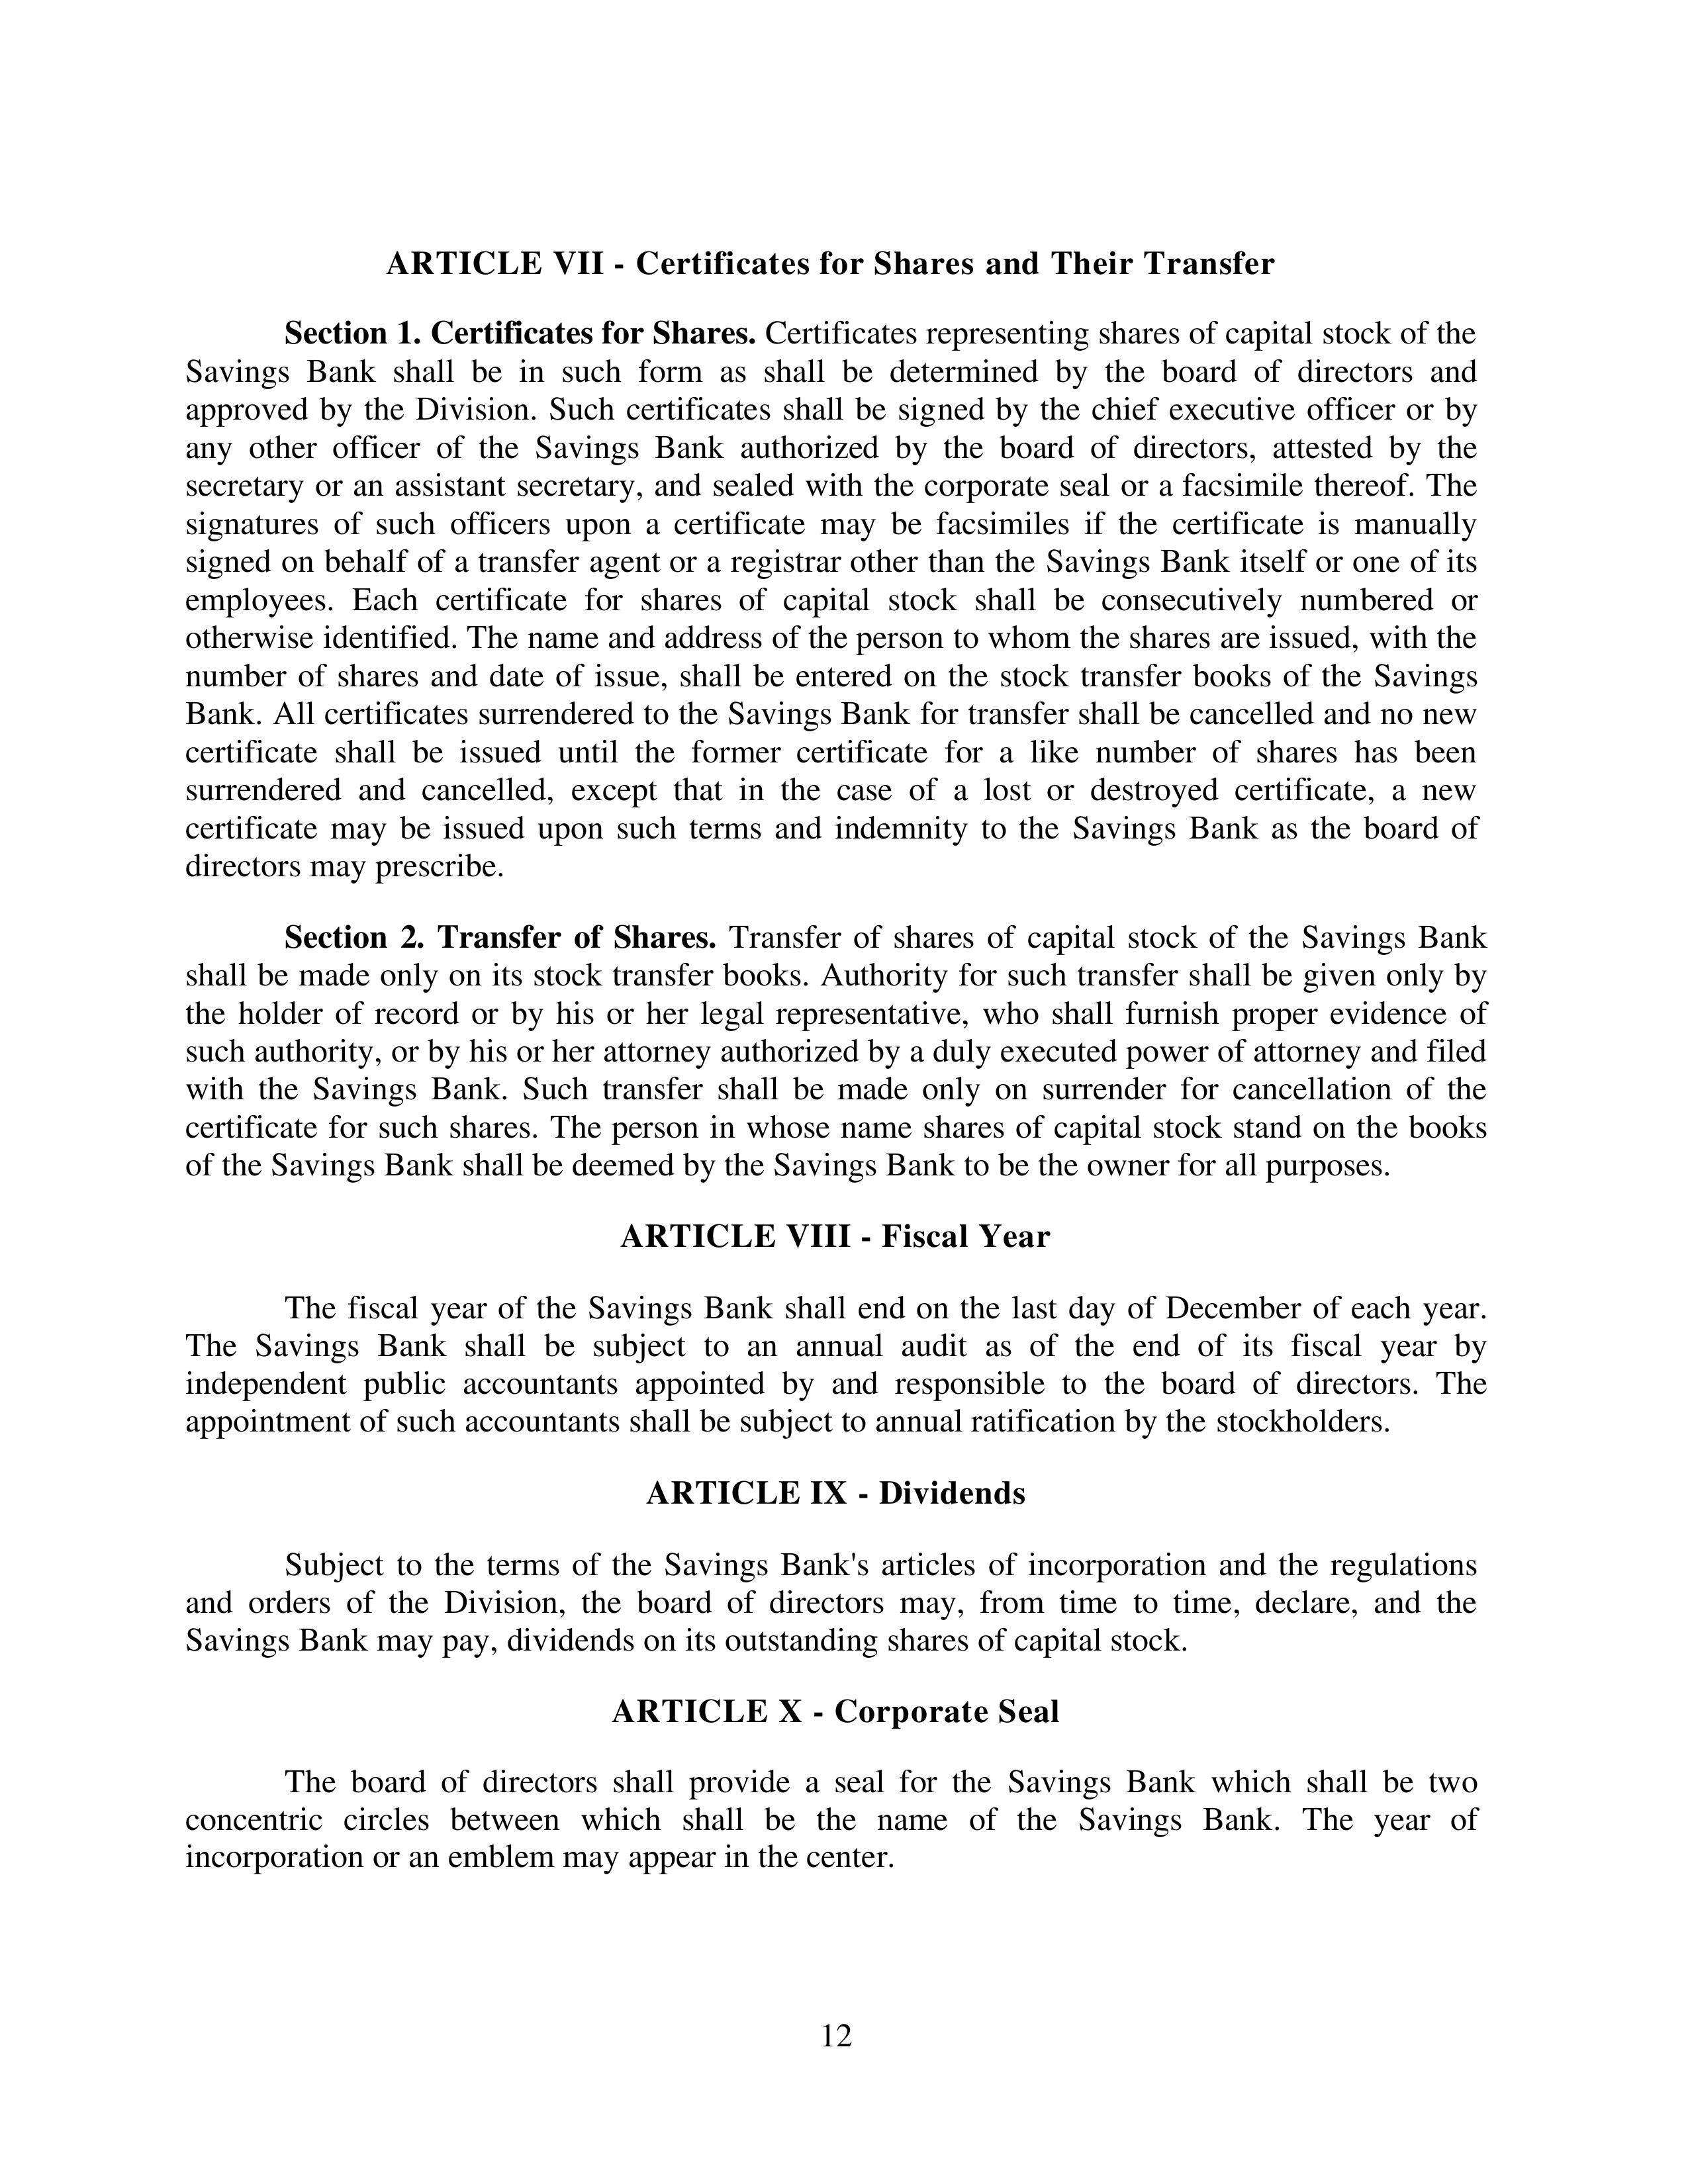
ARTICLE VII - Certificates for Shares and Their Transfer

Section 1. Certificates for Shares. Certificates representing shares of capital stock of the Savings Bank shall be in such form as shall be determined by the board of directors and approved by the Division. Such certificates shall be signed by the chief executive officer or by any other officer of the Savings Bank authorized by the board of directors, attested by the secretary or an assistant secretary, and sealed with the corporate seal or a facsimile thereof. The signatures of such officers upon a certificate may be facsimiles if the certificate is manually signed on behalf of a transfer agent or a registrar other than the Savings Bank itself or one of its employees. Each certificate for shares of capital stock shall be consecutively numbered or otherwise identified. The name and address of the person to whom the shares are issued, with the number of shares and date of issue, shall be entered on the stock transfer books of the Savings Bank. All certificates surrendered to the Savings Bank for transfer shall be cancelled and no new certificate shall be issued until the former certificate for a like number of shares has been surrendered and cancelled, except that in the case of a lost or destroyed certificate, a new certificate may be issued upon such terms and indemnity to the Savings Bank as the board of directors may prescribe.

Section 2. Transfer of Shares. Transfer of shares of capital stock of the Savings Bank shall be made only on its stock transfer books. Authority for such transfer shall be given only by the holder of record or by his or her legal representative, who shall furnish proper evidence of such authority, or by his or her attorney authorized by a duly executed power of attorney and filed with the Savings Bank. Such transfer shall be made only on surrender for cancellation of the certificate for such shares. The person in whose name shares of capital stock stand on the books of the Savings Bank shall be deemed by the Savings Bank to be the owner for all purposes.

ARTICLE VIII - Fiscal Year

The fiscal year of the Savings Bank shall end on the last day of December of each year. The Savings Bank shall be subject to an annual audit as of the end of its fiscal year by independent public accountants appointed by and responsible to the board of directors. The appointment of such accountants shall be subject to annual ratification by the stockholders.

ARTICLE IX - Dividends

Subject to the terms of the Savings Bank's articles of incorporation and the regulations and orders of the Division, the board of directors may, from time to time, declare, and the Savings Bank may pay, dividends on its outstanding shares of capital stock.

ARTICLE X - Corporate Seal

The board of directors shall provide a seal for the Savings Bank which shall be two concentric circles between which shall be the name of the Savings Bank. The year of incorporation or an emblem may appear in the center.

                                        12